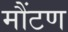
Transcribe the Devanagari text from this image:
मौंटण